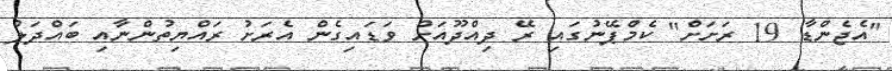
"އެޖެންޑާ 19 ރަށަށް" ކެމްޕޭނުގައި ރޭ ދިއްދޫއަށް ވަޑައިގެން އެރަށު ރައްޔިތުންނާއި ބައްދަލު